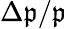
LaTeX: \Delta\mathfrak{p}/\mathfrak{p}